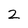
Character: 2